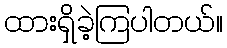
ထားရှိခဲ့ကြပါတယ်။